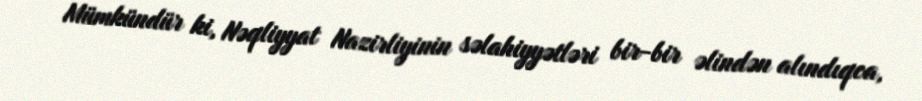
Mümkündür ki, Nəqliyyat Nazirliyinin səlahiyyətləri bir-bir əlindən alındıqca,